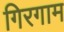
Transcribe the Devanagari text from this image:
गिरगाम